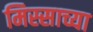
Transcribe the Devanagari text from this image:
मिस्साच्या